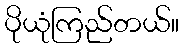
ပိုယုံကြည်တယ်။